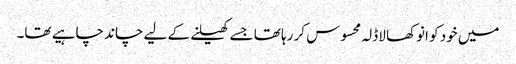
میں خود کو انوکھا لاڈلہ محسوس کر رہا تھا جسے کھیلنے کے لیے چاند چاہیے تھا۔